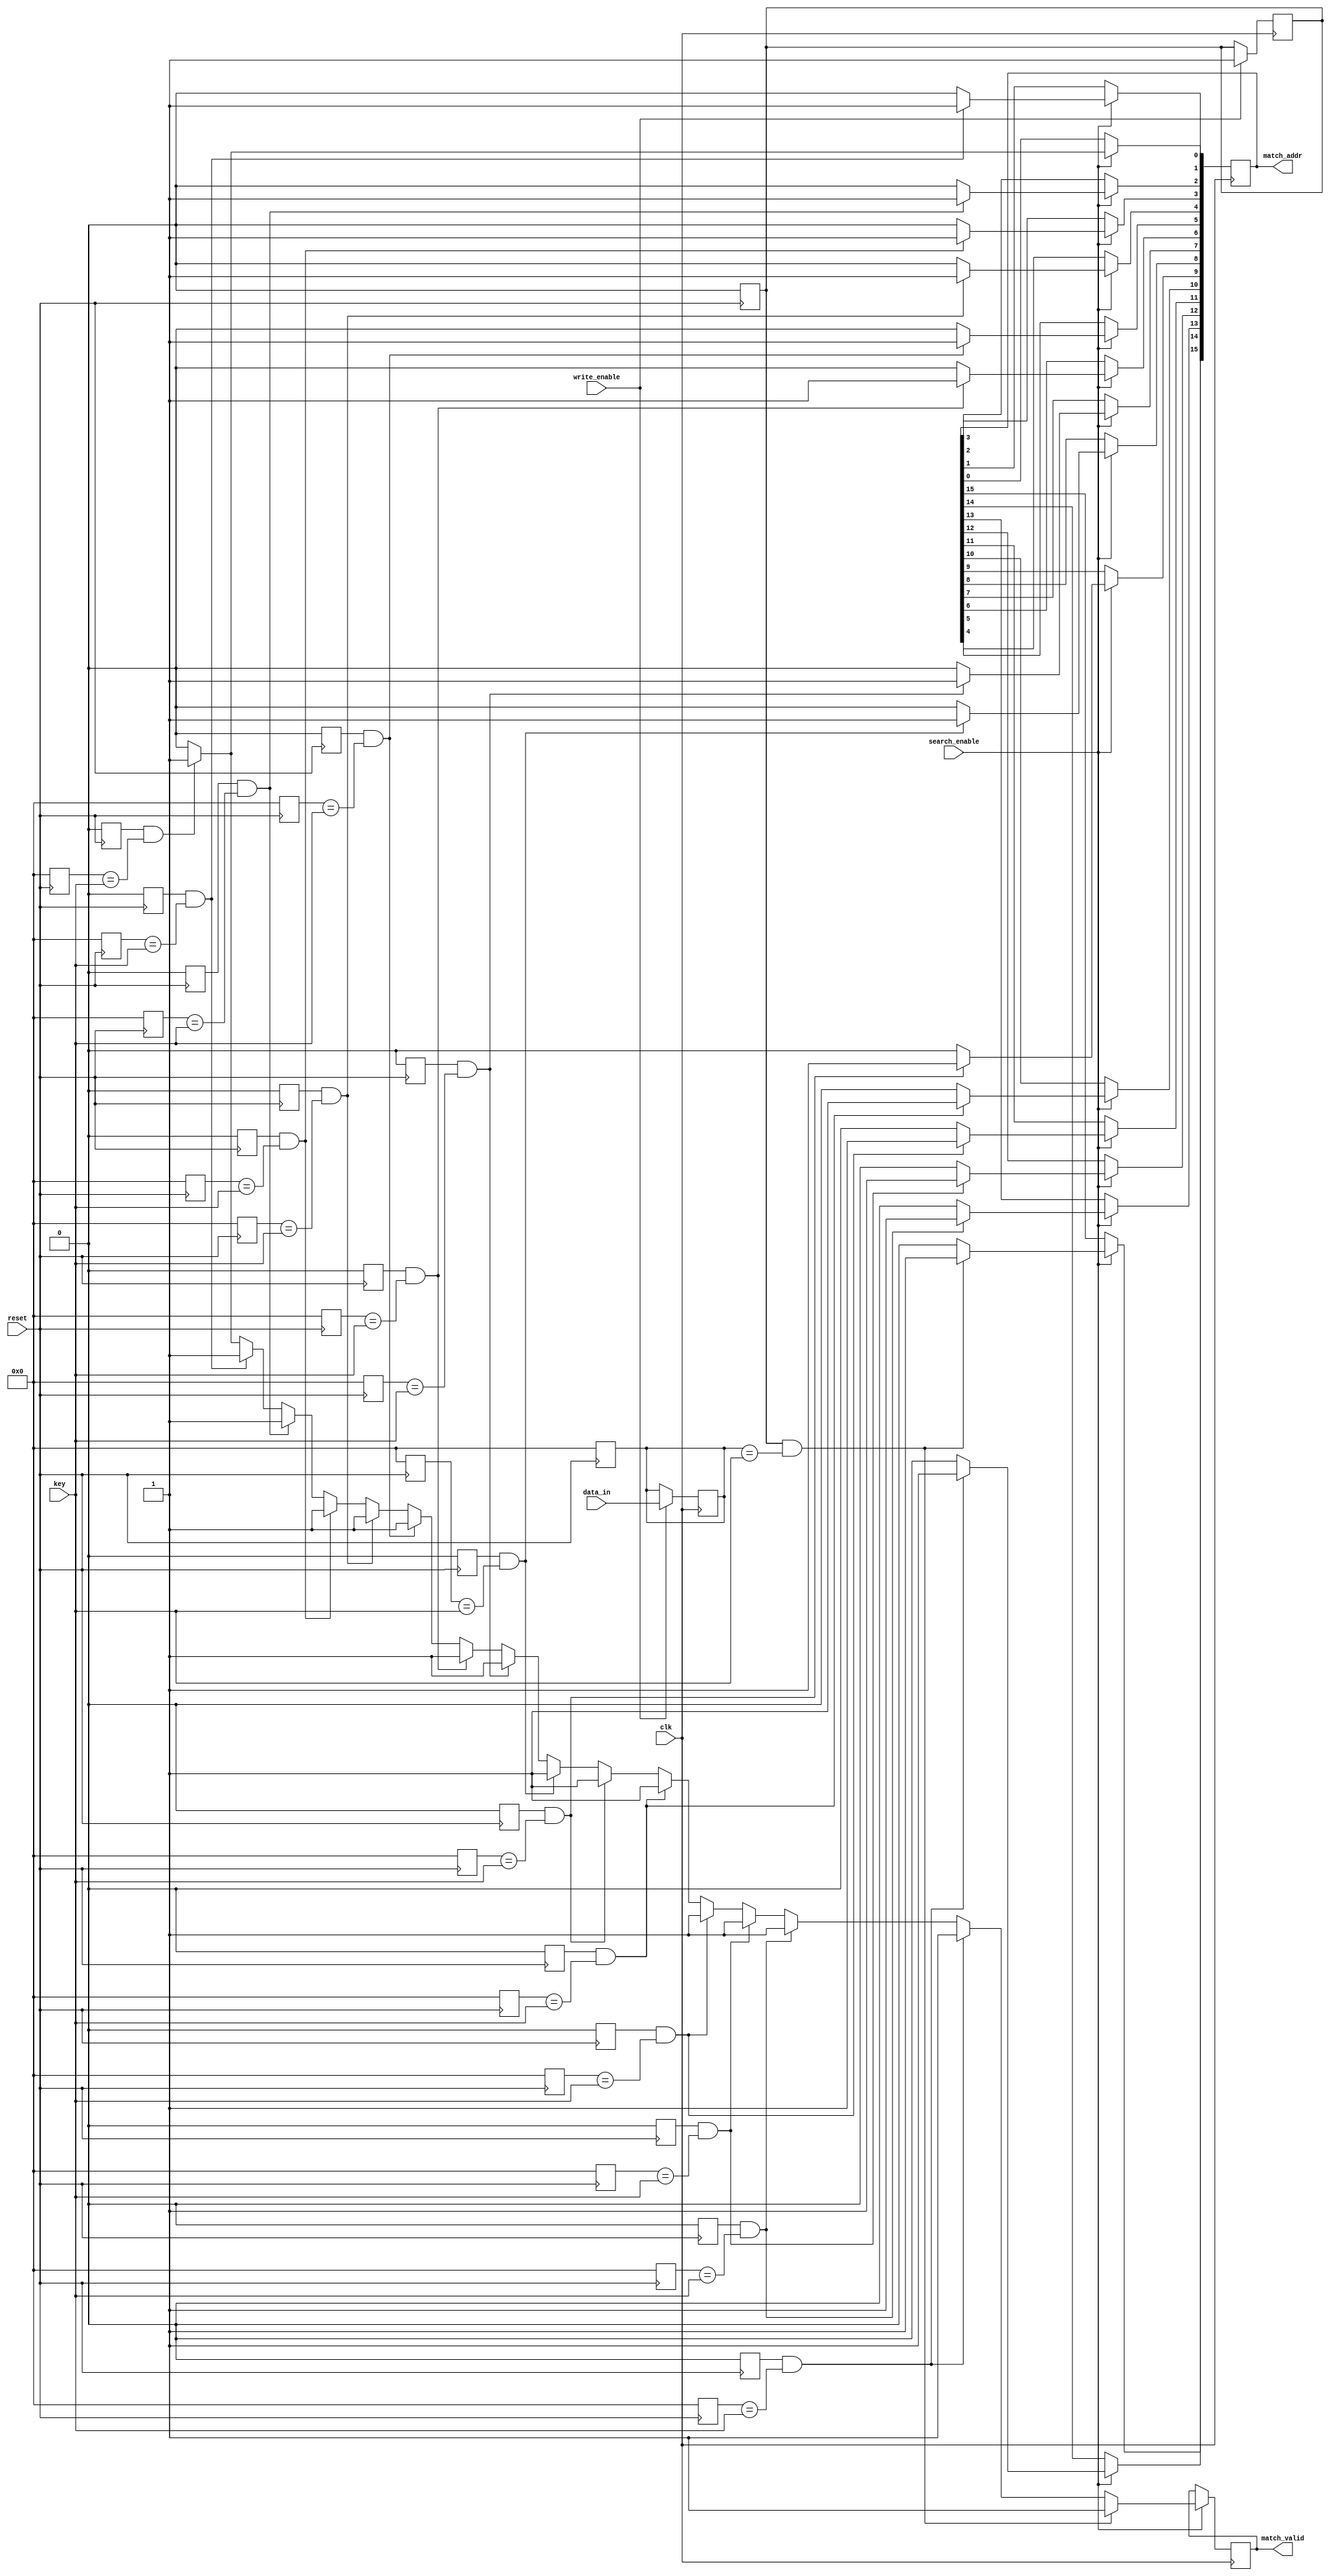
module sram_cam #(
    parameter DATA_WIDTH = 8, // Width of each entry
    parameter DEPTH = 16       // Number of entries
)(
    input wire clk,
    input wire reset,
    input wire write_enable,   // Control signal for write operation
    input wire search_enable,   // Control signal for search operation
    input wire [DATA_WIDTH-1:0] data_in, // Input data for write
    input wire [DATA_WIDTH-1:0] key, // Key to search
    output reg [DEPTH-1:0] match_addr, // Output the address of matched entries
    output reg match_valid      // Indicate if a match was found
);

    // Memory array declaration (SRAM Cells)
    reg [DATA_WIDTH-1:0] memory [0:DEPTH-1];
    reg valid [0:DEPTH-1]; // Valid bits for each entry
    
    // Initialization block
    integer i;
    always @(posedge reset) begin
        for (i = 0; i < DEPTH; i = i + 1) begin
            memory[i] <= 0;
            valid[i] <= 0;
        end
    end
    
    // Write operation
    always @(posedge clk) begin
        if (write_enable) begin
            // Write data into the memory
            memory[DEPTH-1] <= data_in; // Example: writing to the last entry
            valid[DEPTH-1] <= 1; // Mark the entry as valid
        end
    end

    // Search operation
    always @(posedge clk) begin
        if (search_enable) begin
            match_addr <= 0; // Reset match address
            match_valid <= 0; // Reset match valid signal
            for (i = 0; i < DEPTH; i = i + 1) begin
                if (valid[i] && (memory[i] == key)) begin
                    match_addr[i] <= 1; // Set the bit for the matched address
                    match_valid <= 1; // Update match valid signal
                end
            end
        end
    end

endmodule